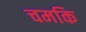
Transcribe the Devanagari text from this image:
चमकि